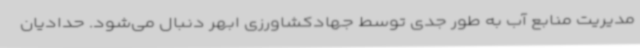
مدیریت منابع آب به طور جدی توسط جهادکشاورزی ابهر دنبال می‌شود. حدادیان